Indian Medical Review
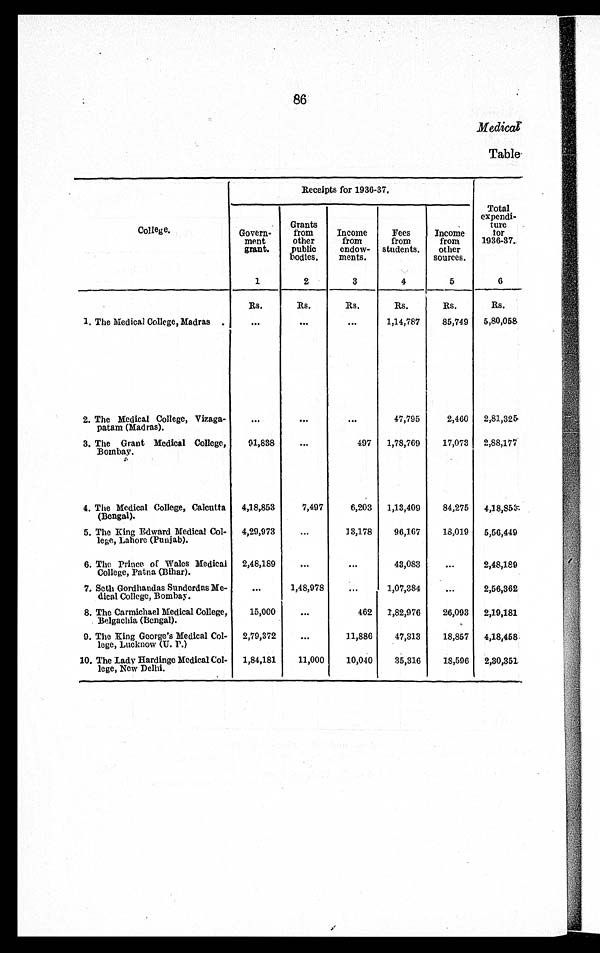
86
Medical
Table.
College.
Receipts for 1936-37.
Total
expendi-
ture
for
1936-37.
Govern-
ment
grant.
Grants
from
other
public
bodies.
Income
from
endow-
ments.
Fees
from
students.
Income
from
other
sources.
1
2
3
4
5
6
Rs.
Rs.
Rs.
Rs.
Rs.
Rs.
1, The Medical College, Madras.
...
...
...
1,14,787
85,749 5,80,058
2. The Medical College, Vizaga-
patam (Madras).
...
...
...
47,795
2,460 2,81,325
3. The Grant Medical College,
Bombay.
91,838
...
497 1,78,769
17,073 2,88,177
4. The Medical College, Calcutta
(Bengal).
4,18,853
7,497
6,203 1,13,409
84,275 4,18,853
5. The King Edward Medical Col
lege, Lahore (Punjab).
4,29,973
...
13,178
96,167
18,019 5,56,449
6. The Prince of Wales Medical
College, Patna (Bihar).
2,48,189
...
...
43,083
...
2,48,189
7. Seth Gordhandas Sunderdas Me
dical College, Bombay.
...
1,48,978
...
1,07,384
...
2,56,362
8. The Carmichael Medical College,
Belgachia (Bengal).
15,000
...
462 1,82,976
26,093 2,19,181
9. The King George's Medical Col
lege, Lucknow (U. P.)
2,79,372
...
11,886
47,313
18,857 4,18,458
10. The Lady Hardinge Medical Col
lege, New Delhi.
1,84,181
11,000
10,040
35,316
18,596 2,30,351